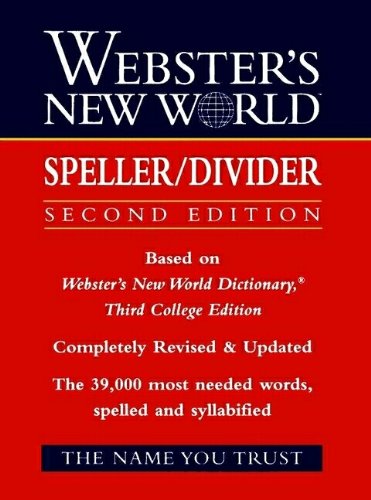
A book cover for Webster's New World Speller/Divider; The Editors of the Webster's New World Dictionaries; Reference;